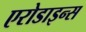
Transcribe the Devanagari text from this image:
एरोडाइन्स